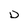
Character: u